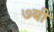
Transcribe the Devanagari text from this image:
७बी